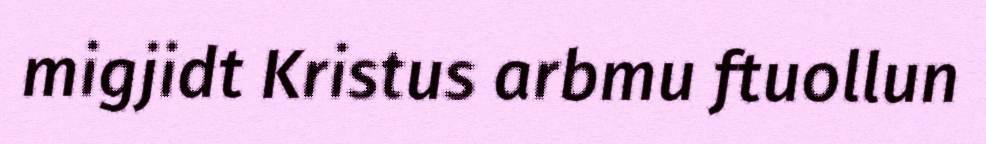
migjidt Kristus arbmu ftuollun